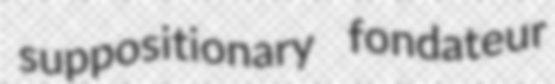
suppositionary fondateur